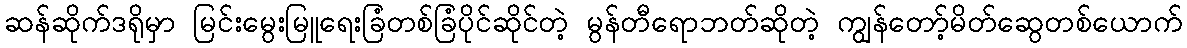
ဆန်ဆိုက်ဒရိုမှာ မြင်းမွေးမြူရေးခြံတစ်ခြံပိုင်ဆိုင်တဲ့ မွန်တီရောဘတ်ဆိုတဲ့ ကျွန်တော့်မိတ်ဆွေတစ်ယောက်